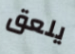
يلعق